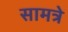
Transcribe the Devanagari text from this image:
सामत्रे